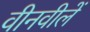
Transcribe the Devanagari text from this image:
वीनवीलें